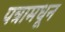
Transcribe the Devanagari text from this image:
पत्रामधून